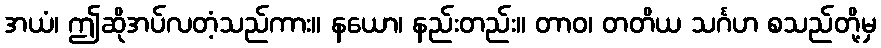
အယံ၊ ဤဆိုအပ်လတံ့သည်ကား။ နယော၊ နည်းတည်း။ တာဝ၊ တတိယ သင်္ဂဟ စသည်တို့မှ